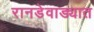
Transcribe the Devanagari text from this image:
रानडेवाड्यात